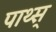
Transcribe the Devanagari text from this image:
पाथ्स्‌